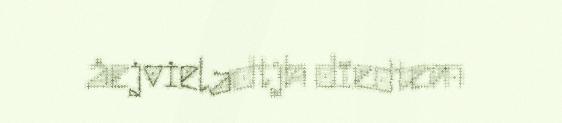
åejvieladtjh dïedtem